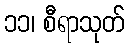
၁၁၊ စီရာသုတ်